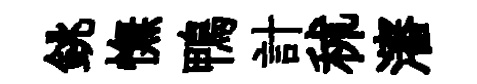
銚憮鴨計秫瀋